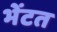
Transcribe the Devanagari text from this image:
भेंटत